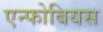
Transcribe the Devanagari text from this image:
एन्फोबियस